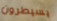
يسيطرون